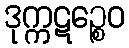
ဒုက္ကဋဉ္စေဝ